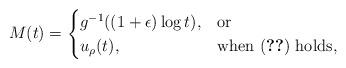
LaTeX: \begin{align*}M(t)=\begin{cases} g^{-1}((1+\epsilon)\log t),&\textrm{or}\\ u_\rho(t),&\textrm{when~\eqref{eq:stability} holds,} \end{cases}\end{align*}